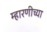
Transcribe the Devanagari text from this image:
म्हारणीच्या